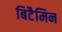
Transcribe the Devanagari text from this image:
बिटैमिन